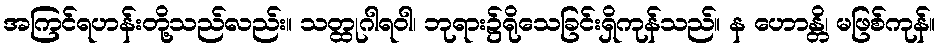
အကြင်ရဟန်းတို့သည်လည်း။ သတ္ထုဂါရဝါ၊ ဘုရား၌ရိုသေခြင်းရှိကုန်သည်။ န ဟောန္တိ၊ မဖြစ်ကုန်။